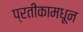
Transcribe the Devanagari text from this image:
प्रतीकामधून